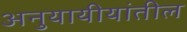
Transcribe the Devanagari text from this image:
अनुयायीयांतील